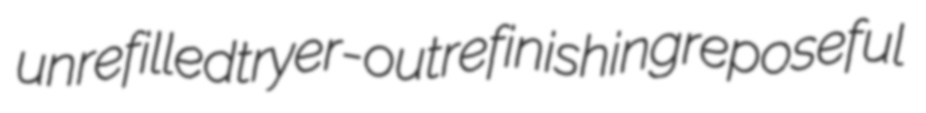
unrefilled tryer-out refinishing reposeful